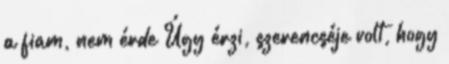
a fiam, nem érde Úgy érzi, szerencséje volt, hogy